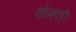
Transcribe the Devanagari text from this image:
कोन्हाड़ी